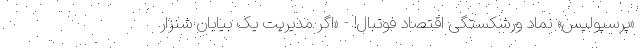
«پرسپولیس» نماد ورشکستگی اقتصاد فوتبال! - «اگر مدیریت یک بیابان شنزار